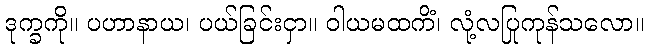
ဒုက္ခကို။ ပဟာနာယ၊ ပယ်ခြင်းငှာ။ ဝါယမထကိံ၊ လုံ့လပြုကုန်သလော။